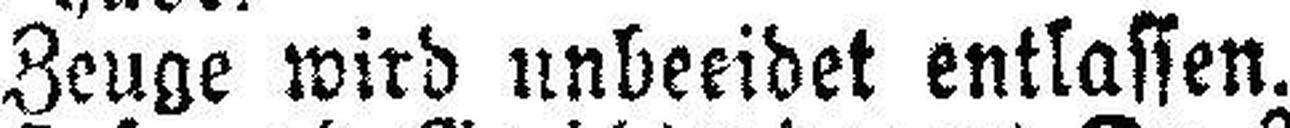
Zeuge wird unbeeidet entlassen.